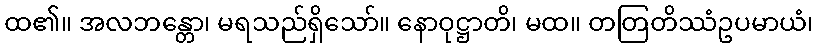
ထ၏။ အလဘန္တော၊ မရသည်ရှိသော်။ နောဝုဋ္ဌာတိ၊ မထ။ တတြတိဿံဥပမာယံ၊